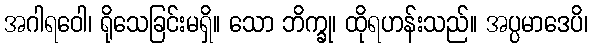
အဂါရဝေါ၊ ရိုသေခြင်းမရှိ။ သော ဘိက္ခု၊ ထိုရဟန်းသည်။ အပ္ပမာဒေပိ၊